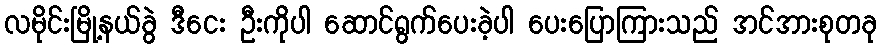
လမိုင်းမြို့နယ်ခွဲ ဒီငေး ဦးကိုပါ ဆောင်ရွက်ပေးခဲ့ပါ ပေးပြောကြားသည် အင်အားစုတခု